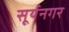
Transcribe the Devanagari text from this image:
सूर्यनगर